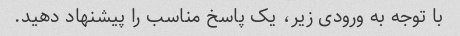
با توجه به ورودی زیر، یک پاسخ مناسب را پیشنهاد دهید.